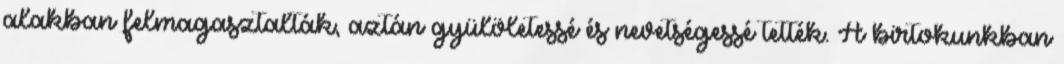
alakban felmagasztalták, aztán gyülöletessé és nevetségessé tették. A birtokunkban